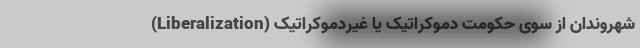
شهروندان از سوی حکومتِ دموکراتیک یا غیردموکراتیک (Liberalization)